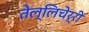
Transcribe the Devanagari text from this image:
तेल्लिचेर्री